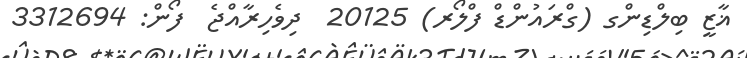
ޣާޒީ ބިލްޑިންގ (ގްރައުންޑް ފްލޯރ) 20125  ދިވެހިރާއްޖެ  ފޯން: 3312694